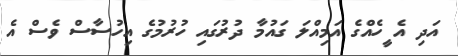
އަދި އެ ީހެއްގެ އަމިއްލަ ގައުމާ ދުރުގައި ހުރުމުގެ އިހުސާސް ވެސް އެ